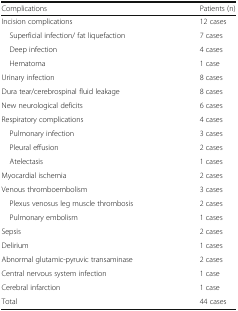
<table><thead><tr><td><b>Complications</b></td><td><b>Patients (n)</b></td></tr></thead><tbody><tr><td>Incision complications</td><td>12 cases</td></tr><tr><td> Superficial infection/ fat liquefaction</td><td>7 cases</td></tr><tr><td> Deep infection</td><td>4 cases</td></tr><tr><td> Hematoma</td><td>1 case</td></tr><tr><td>Urinary infection</td><td>8 cases</td></tr><tr><td>Dura tear/cerebrospinal fluid leakage</td><td>8 cases</td></tr><tr><td>New neurological deficits</td><td>6 cases</td></tr><tr><td>Respiratory complications</td><td>4 cases</td></tr><tr><td> Pulmonary infection</td><td>3 cases</td></tr><tr><td> Pleural effusion</td><td>2 cases</td></tr><tr><td> Atelectasis</td><td>1 cases</td></tr><tr><td>Myocardial ischemia</td><td>2 cases</td></tr><tr><td>Venous thromboembolism</td><td>3 cases</td></tr><tr><td> Plexus venosus leg muscle thrombosis</td><td>2 cases</td></tr><tr><td> Pulmonary embolism</td><td>1 cases</td></tr><tr><td>Sepsis</td><td>2 cases</td></tr><tr><td>Delirium</td><td>1 cases</td></tr><tr><td>Abnormal glutamic-pyruvic transaminase</td><td>2 cases</td></tr><tr><td>Central nervous system infection</td><td>1 case</td></tr><tr><td>Cerebral infarction</td><td>1 case</td></tr><tr><td>Total</td><td>44 cases</td></tr></tbody></table>